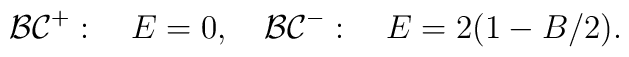
{\cal BC}^{+}: \quad E=0, \quad {\cal BC}^-:\quad  E = 2(1-B/2).